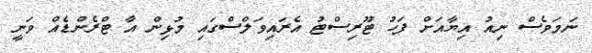
ނަމަވެސް ނިއު އިޔާއަށް ފަހު ޓޫރިސްޓު އެރައިވަލްސްގައި މުޅިން އާ ޓްރެންޑެއް ވަނީ